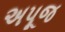
અપૂજ